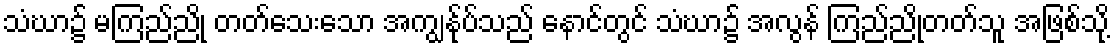
သံဃာ၌ မကြည်ညို တတ်သေးသော အကျွန်ုပ်သည် နောင်တွင် သံဃာ၌ အလွန် ကြည်ညိုတတ်သူ အဖြစ်သို့